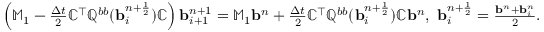
\begin{array} { r } { \left( \mathbb { M } _ { 1 } - \frac { \Delta t } { 2 } \mathbb { C } ^ { \top } \mathbb { Q } ^ { b b } ( { \mathbf b } _ { i } ^ { n + \frac { 1 } { 2 } } ) \mathbb { C } \right) { \mathbf b } _ { i + 1 } ^ { n + 1 } = \mathbb { M } _ { 1 } { \mathbf b } ^ { n } + \frac { \Delta t } { 2 } \mathbb { C } ^ { \top } \mathbb { Q } ^ { b b } ( { \mathbf b } _ { i } ^ { n + \frac { 1 } { 2 } } ) \mathbb { C } { \mathbf b } ^ { n } , \ { \mathbf b } _ { i } ^ { n + \frac { 1 } { 2 } } = \frac { { \mathbf b } ^ { n } + { \mathbf b } _ { i } ^ { n } } { 2 } . } \end{array}